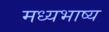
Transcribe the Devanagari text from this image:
मध्यभाष्य